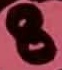
Text: 8